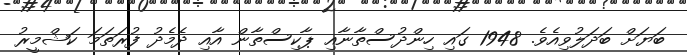
ބަޔަށް ބަދަލުވިއެވެ. 1948 ގައި ހިންދުސްތާނާއި ޕާކިސްތާން އާއި ދެމެދު ފުރަތަމަ ކަޝްމީރު